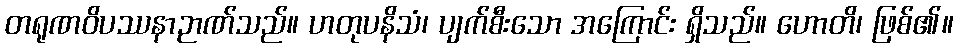
တရုဏဝိပဿနာဉာဏ်သည်။ ဟတုပနိသံ၊ ပျက်စီးသော အကြောင်း ရှိသည်။ ဟောတိ၊ ဖြစ်၏။